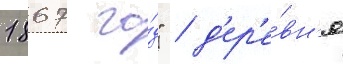
1867 го́д" / д'ер'е́вн'я